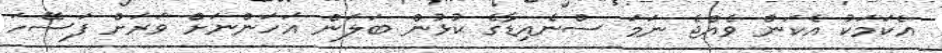
އެކަމަކު އެކަން ވެއްޖެ ނަމަ ސްނެއިޑާގެ ކުޅުން ބަލަން އަހަންނަށް ވަރަށް ފަސޭހަ